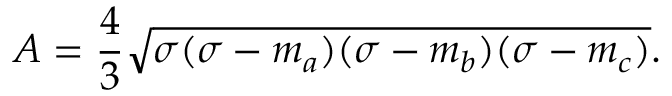
A = { \frac { 4 } { 3 } } { \sqrt { \sigma ( \sigma - m _ { a } ) ( \sigma - m _ { b } ) ( \sigma - m _ { c } ) } } .